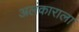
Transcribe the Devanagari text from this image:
अलंकाराला